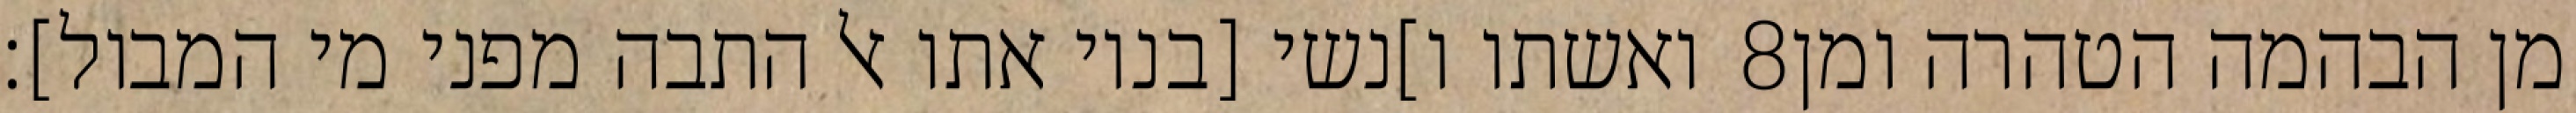
ואשתו ו]נשי [בניו אתו אל התבה מפני מי המבול]׃ ‎8‏ מן הבהמה הטהרה ומן